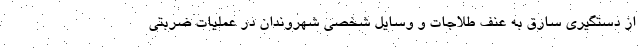
از دستگیری سارق به عنف طلاجات و وسایل شخصی شهروندان در عملیات ضربتی